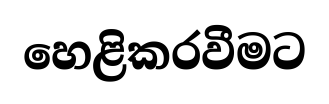
හෙළිකරවීමට